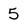
Character: 5